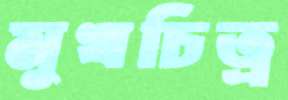
মুখচিত্র